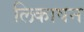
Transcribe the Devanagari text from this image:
लिकाषन